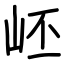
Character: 岯